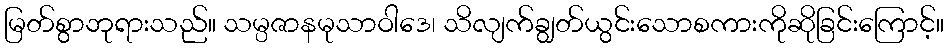
မြတ်စွာဘုရားသည်။ သမ္ပဇာနမုသာဝါဒေ၊ သိလျက်ချွတ်ယွင်းသောစကားကိုဆိုခြင်းကြောင့်။